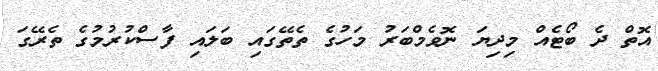
އޮތް ދެ ބޯޓެއް މިދިޔަ ނޮވެމްބަރު މަހުގެ ތެތޭގައި ބަލައި ފާސްކުރުމުގެ ތެރޭގަ